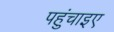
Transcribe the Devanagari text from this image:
पहुंचाइए